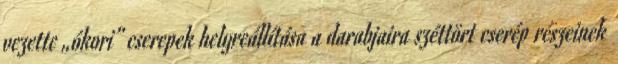
vezette „ókori” cserepek helyreállítása a darabjaira széttört cserép részeinek